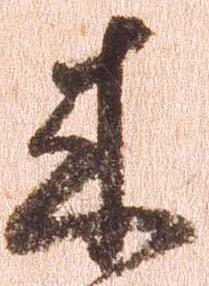
来